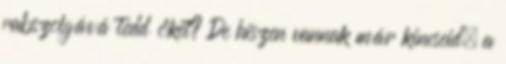
rabszolgává tedd őket? De hiszen vannak már kincseid, a